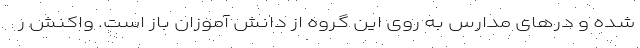
شده و درهای مدارس به روی این گروه از دانش آموزان باز است. واکنش ر